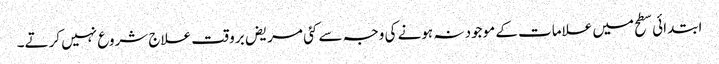
ابتدائی سطح میں علامات کے موجود نہ ہونے کی وجہ سے کئی مریض برو قت علاج شروع نہیں کرتے۔